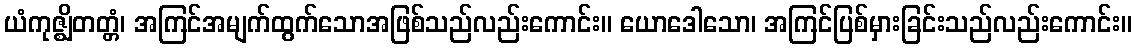
ယံကုဇ္ဈိတတ္တံ၊ အကြင်အမျက်ထွက်သောအဖြစ်သည်လည်းကောင်း။ ယောဒေါသော၊ အကြင်ပြစ်မှားခြင်းသည်လည်းကောင်း။